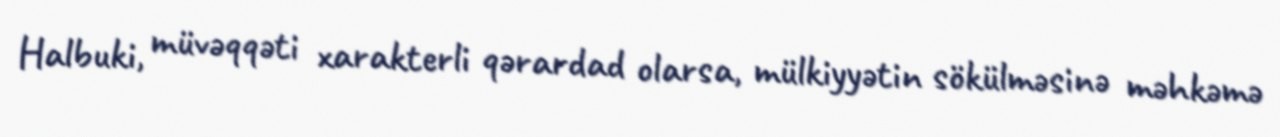
Halbuki, müvəqqəti xarakterli qərardad olarsa, mülkiyyətin sökülməsinə məhkəmə